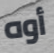
أوه